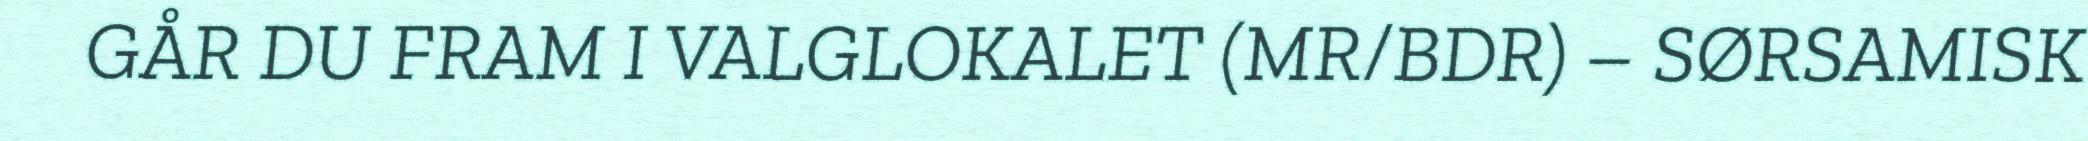
GÅR DU FRAM I VALGLOKALET (MR/BDR) – SØRSAMISK